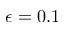
\epsilon = 0 . 1